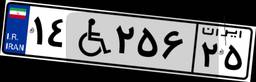
۱۴W۲۵۶۲۵